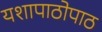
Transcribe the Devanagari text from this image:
यशापाठोपाठ